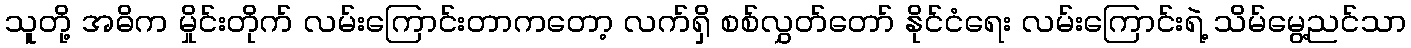
သူတို့ အဓိက မှိုင်းတိုက် လမ်းကြောင်းတာကတော့ လက်ရှိ စစ်လွှတ်တော် နိုင်ငံရေး လမ်းကြောင်းရဲ့ သိမ်မွေ့ညင်သာ